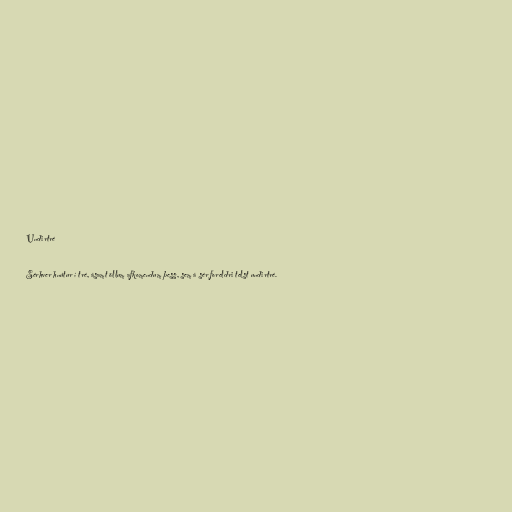
Undirtré

Sérhver hnútur í tré, ásamt öllum afkomendum þess, sem á sér foreldri telst undirtré.